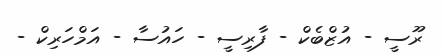
ރޫސީ - އުޒްބެކް - ފާރިސީ - ހައުސާ - އަމްހަރިކް -